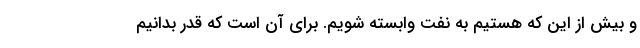
و بیش از این که هستیم به نفت وابسته شویم. برای آن است که قدر بدانیم